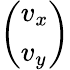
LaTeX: \left(\begin{array}{l}{v_{x}}\\ {v_{y}}\end{array}\right)